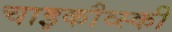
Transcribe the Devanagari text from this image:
चाइकौव्स्की